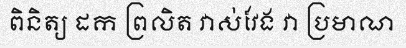
ពិនិត្យ ដក ព្រលិត វាស់វែង វា ប្រមាណ